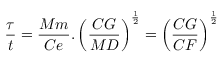
{ \frac { \tau } { t } } = { \frac { M m } { C e } } . \left( { \frac { C G } { M D } } \right) ^ { \frac { 1 } { 2 } } = \left( { \frac { C G } { C F } } \right) ^ { \frac { 1 } { 2 } }